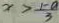
x > \frac { 1 - a } { 3 }